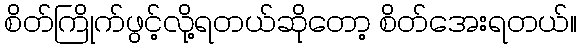
စိတ်ကြိုက်ဖွင့်လို့ရတယ်ဆိုတော့ စိတ်အေးရတယ်။